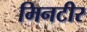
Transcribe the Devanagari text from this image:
मिनटीर